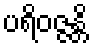
ပရိဝဇ္ဇန္တိ